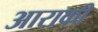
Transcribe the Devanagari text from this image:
आराकी